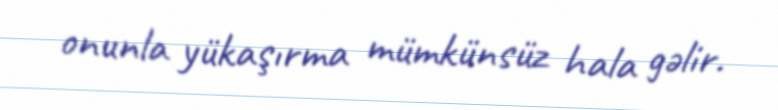
onunla yükaşırma mümkünsüz hala gəlir.